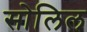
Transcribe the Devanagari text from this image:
सोलिल